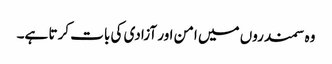
وہ سمندروں میں امن اور آزادی کی بات کرتا ہے۔